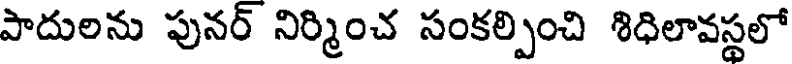
పాదులను పునర్ నిర్మించ సంకల్పించి శిధిలావస్థలో